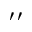
^ { \prime \prime }